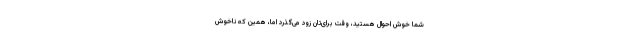
شما خوش احوال هستید، وقت برای‌تان زود می‌گذرد اما، همین که ناخوش